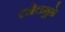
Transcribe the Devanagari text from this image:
टनेलमुळे